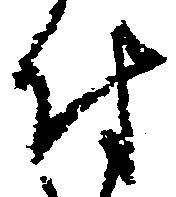
付